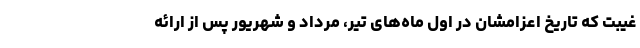
غیبت که تاریخ اعزامشان در اول ماه‌های تیر، مرداد و شهریور پس از ارائه